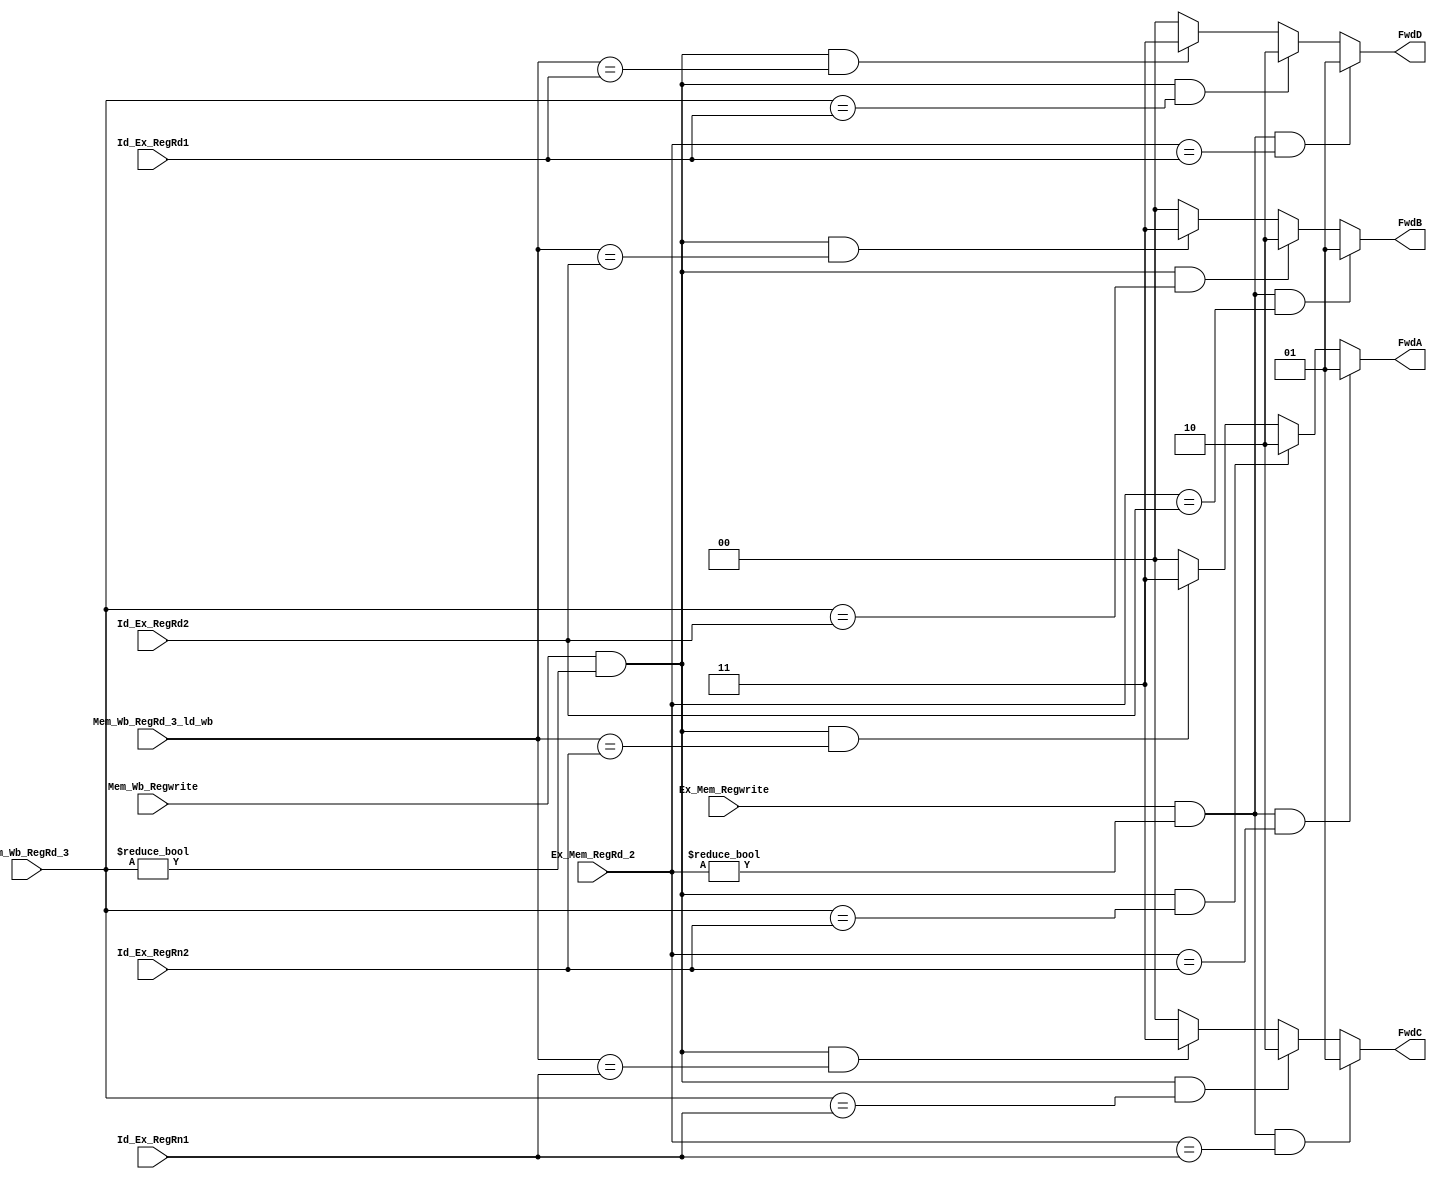
module Forwarding (input Ex_Mem_Regwrite, input [2:0] Ex_Mem_RegRd_2, input [2:0] Id_Ex_RegRd2, input [2:0] Id_Ex_RegRn2, input [2:0] Id_Ex_RegRn1, 
					input Mem_Wb_Regwrite, input [2:0] Mem_Wb_RegRd_3, input [2:0] Mem_Wb_RegRd_3_ld_wb, input [2:0] Id_Ex_RegRd1, output reg [1:0] FwdA, output reg [1:0] FwdB,
					output reg [1:0] FwdC, output reg [1:0] FwdD);
					
	always @(Ex_Mem_Regwrite or Ex_Mem_RegRd_2 or Id_Ex_RegRd2 or Id_Ex_RegRn2 or Id_Ex_RegRn1 or Mem_Wb_Regwrite or Mem_Wb_RegRd_3 or Id_Ex_RegRd1)
		
		begin
			if(Ex_Mem_Regwrite && Ex_Mem_RegRd_2 != 3'b000 && Ex_Mem_RegRd_2 == Id_Ex_RegRd2)
				FwdB=2'b01;
			else if(Mem_Wb_Regwrite && Mem_Wb_RegRd_3 != 3'b000 && Mem_Wb_RegRd_3 == Id_Ex_RegRd2)
				FwdB=2'b10;
			else if(Mem_Wb_Regwrite && Mem_Wb_RegRd_3 != 3'b000 && Mem_Wb_RegRd_3_ld_wb == Id_Ex_RegRd2)  //Check this
		    FwdB = 2'b11;
			else		
				FwdB=2'b00;

				
			if(Ex_Mem_Regwrite && Ex_Mem_RegRd_2 != 3'b000 && Ex_Mem_RegRd_2 == Id_Ex_RegRn2)
				FwdA=2'b01;
			else if(Mem_Wb_Regwrite && Mem_Wb_RegRd_3 != 3'b000 && Mem_Wb_RegRd_3 == Id_Ex_RegRn2)
				FwdA=2'b10;
		  else if(Mem_Wb_Regwrite && Mem_Wb_RegRd_3 != 3'b000 && Mem_Wb_RegRd_3_ld_wb == Id_Ex_RegRn2)  //Check this
		    FwdA = 2'b11;
			else
				FwdA=2'b00;

				
			if(Ex_Mem_Regwrite && Ex_Mem_RegRd_2 != 3'b000 && Ex_Mem_RegRd_2 == Id_Ex_RegRn1)
				FwdC=2'b01;
			else if(Mem_Wb_Regwrite && Mem_Wb_RegRd_3 != 3'b000 && Mem_Wb_RegRd_3 == Id_Ex_RegRn1)
				FwdC=2'b10;
		  else if(Mem_Wb_Regwrite && Mem_Wb_RegRd_3 != 3'b000 && Mem_Wb_RegRd_3_ld_wb == Id_Ex_RegRn1)  //Check this
		    FwdC = 2'b11;
			else
				FwdC=2'b00;

				
			if(Ex_Mem_Regwrite && Ex_Mem_RegRd_2 != 3'b000 && Ex_Mem_RegRd_2 == Id_Ex_RegRd1)
				FwdD=2'b01;
			else if(Mem_Wb_Regwrite && Mem_Wb_RegRd_3 != 3'b000 && Mem_Wb_RegRd_3 == Id_Ex_RegRd1)
				FwdD=2'b10;
			else if(Mem_Wb_Regwrite && Mem_Wb_RegRd_3 != 3'b000 && Mem_Wb_RegRd_3_ld_wb == Id_Ex_RegRd1)  //Check this
		    FwdD = 2'b11;
			else
				FwdD=2'b00;

		end
endmodule